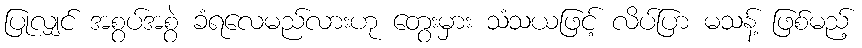
ပြုလျှင် အစွပ်အစွဲ ခံရလေမည်လားဟု တွေးမှား သံသယဖြင့် လိပ်ပြာ မသန့် ဖြစ်မည့်